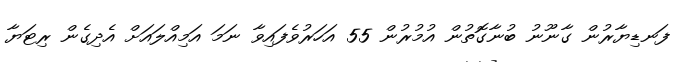
ފަނޑިޔާރުން ގާނޫނު ބުނާގޮތުން އުމުރުން 55 އަހަރުވެފައިވާ ނަމަ އަމިއްލައަށް އެދިގެން ރިޓަޔާ